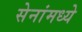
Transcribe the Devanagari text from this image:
सेनांमध्ये